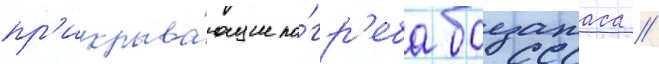
пр'икрыва́ющие по́гр'еба боезапаса //